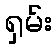
ရှမ်း